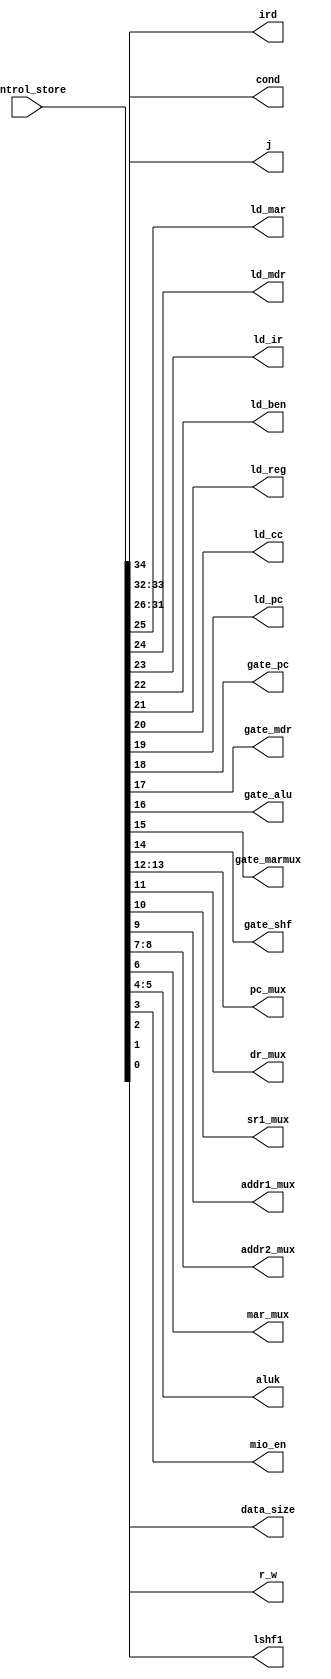
`timescale 1ns / 1ps
//////////////////////////////////////////////////////////////////////////////////
// Company: 
// Engineer: 
// 
// Design Name: 
// Module Name: microinstruction
// Project Name: 
// Target Devices: 
// Tool Versions: 
// Description: 
// 
// Dependencies: 
// 
// Revision:
// Revision 0.01 - File Created
// Additional Comments:
// 
//////////////////////////////////////////////////////////////////////////////////


module microinstruction(
    input [34:0] control_store,
    output ird,
    output [1:0] cond,
    output [5:0] j,
    output ld_mar,
    output ld_mdr,
    output ld_ir,
    output ld_ben,
    output ld_reg,
    output ld_cc,
    output ld_pc,
    output gate_pc,
    output gate_mdr,
    output gate_alu,
    output gate_marmux,
    output gate_shf,
    output [1:0] pc_mux,
    output dr_mux,
    output sr1_mux,
    output addr1_mux,
    output [1:0] addr2_mux,
    output mar_mux,
    output [1:0] aluk,
    output mio_en,
    output r_w,
    output data_size,
    output lshf1
    );
    
    assign ird = control_store[34];
    assign cond = control_store[33:32];
    assign j = control_store[31:26];
    
    assign ld_mar = control_store[25];
    assign ld_mdr = control_store[24];
    assign ld_ir = control_store[23];
    assign ld_ben = control_store[22];
    assign ld_reg = control_store[21];
    assign ld_cc = control_store[20];
    assign ld_pc = control_store[19];
    
    assign gate_pc = control_store[18];
    assign gate_mdr = control_store[17];
    assign gate_alu = control_store[16];
    assign gate_marmux = control_store[15];
    assign gate_shf = control_store[14];
    
    assign pc_mux = control_store[13:12];
    assign dr_mux = control_store[11];
    assign sr1_mux = control_store[10];
    assign addr1_mux = control_store[9];
    assign addr2_mux = control_store[8:7];
    assign mar_mux = control_store[6];
    assign aluk = control_store[5:4];
    assign mio_en = control_store[3];
    assign r_w = control_store[2];
    assign data_size = control_store[1];
    assign lshf1 = control_store[0];
    
endmodule